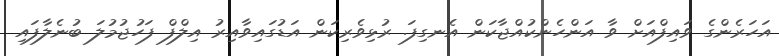
އަހަރެންގެ ވައިފްއަށް ވާ އަންހެންކުއްޖާކަން އެނގިފަ. ރުޅިވެރިކަން އަޑުގައިވާއިރު އިލްފް ފަހުޖުމުލަ ބުނެލާފައި